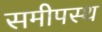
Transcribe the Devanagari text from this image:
समीपस्‍थ